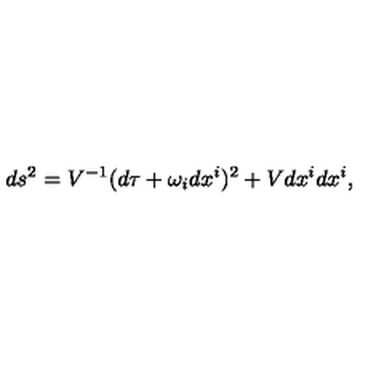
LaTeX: d s ^ { 2 } = V ^ { - 1 } ( d \tau + \omega _ { i } d x ^ { i } ) ^ { 2 } + V d x ^ { i } d x ^ { i } ,